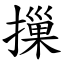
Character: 摷